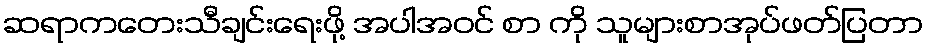
ဆရာကတေးသီချင်းရေးဖို့ အပါအဝင် စာ ကို သူများစာအုပ်ဖတ်ပြတာ